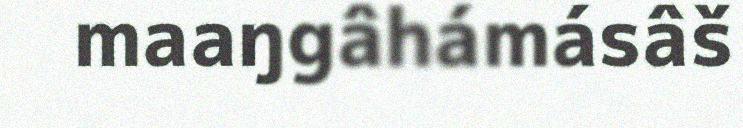
maaŋgâhámásâš